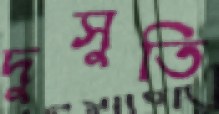
দুসুতি